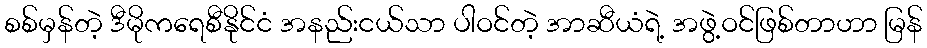
စစ်မှန်တဲ့ ဒီမိုကရေစီနိုင်ငံ အနည်းငယ်သာ ပါဝင်တဲ့ အာဆီယံရဲ့ အဖွဲ့ဝင်ဖြစ်တာဟာ မြန်